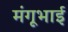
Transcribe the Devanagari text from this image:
मंगूभाई